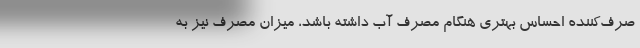
صرف‌کننده احساس بهتری هنگام مصرف آب داشته باشد، میزان مصرف نیز به